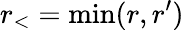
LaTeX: r_{<}=\operatorname*{min}(r,r^{\prime})